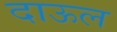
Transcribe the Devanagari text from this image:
दाऊल